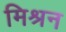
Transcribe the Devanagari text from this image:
मिश्रन